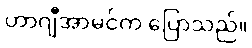
ဟာဂျီအာမင်က ပြောသည်။